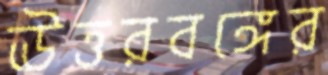
ঊত্তরবঙ্গের